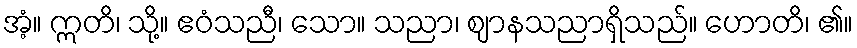
အံ့။ ဣတိ၊ သို့။ ဧဝံသညီ၊ သော။ သညာ၊ ဈာနသညာရှိသည်။ ဟောတိ၊ ၏။